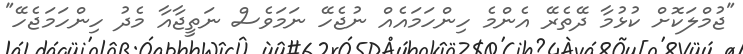
"ޖުމްލަކޮށް ކުޅުމާ ދޭތެރޭ އެންމެ ހިންހަމައެއް ނުޖެހޭ ނަމަވެސް ނަތީޖާއާ މެދު ހިންހަމަޖެހޭ"